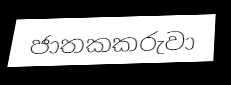
ජාතකකරුවා